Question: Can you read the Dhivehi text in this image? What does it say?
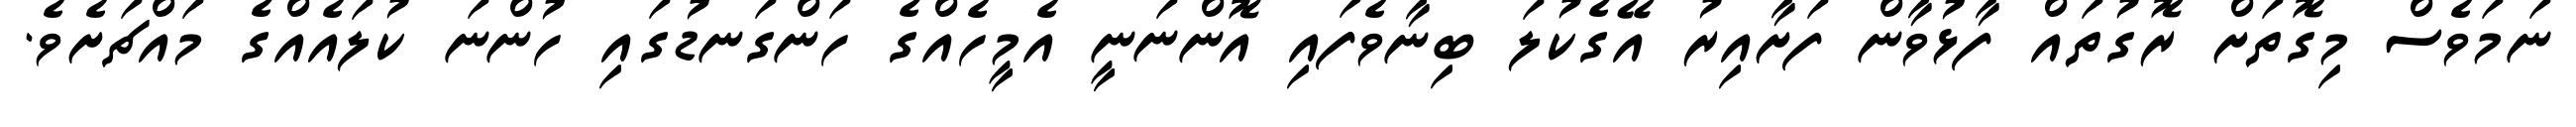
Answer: ނަމަވެސް މިގޮތަށް ރޮގުތައް ފާޅުވާން ފަށާއިރު އޭގެކުލަ ބިނާވެފައި އޮންނަނީ އެމީހެއްގެ ހަންގަނޑުގައި ހުންނަ ކުލައެއްގެ މައްޗަށެވެ.